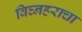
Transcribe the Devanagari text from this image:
विघ्नहराचा